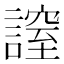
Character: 𧫡